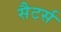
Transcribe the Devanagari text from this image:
सैटर्स